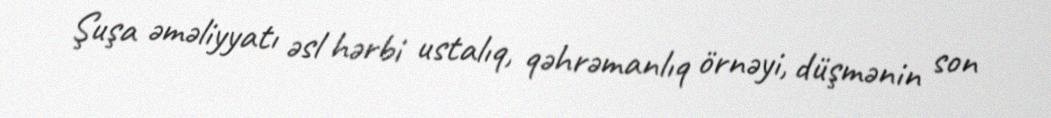
Şuşa əməliyyatı əsl hərbi ustalıq, qəhrəmanlıq örnəyi, düşmənin son